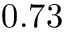
0 . 7 3